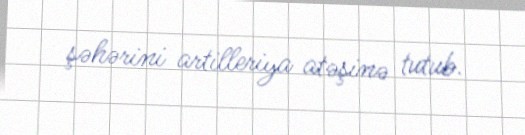
şəhərini artilleriya atəşinə tutub.